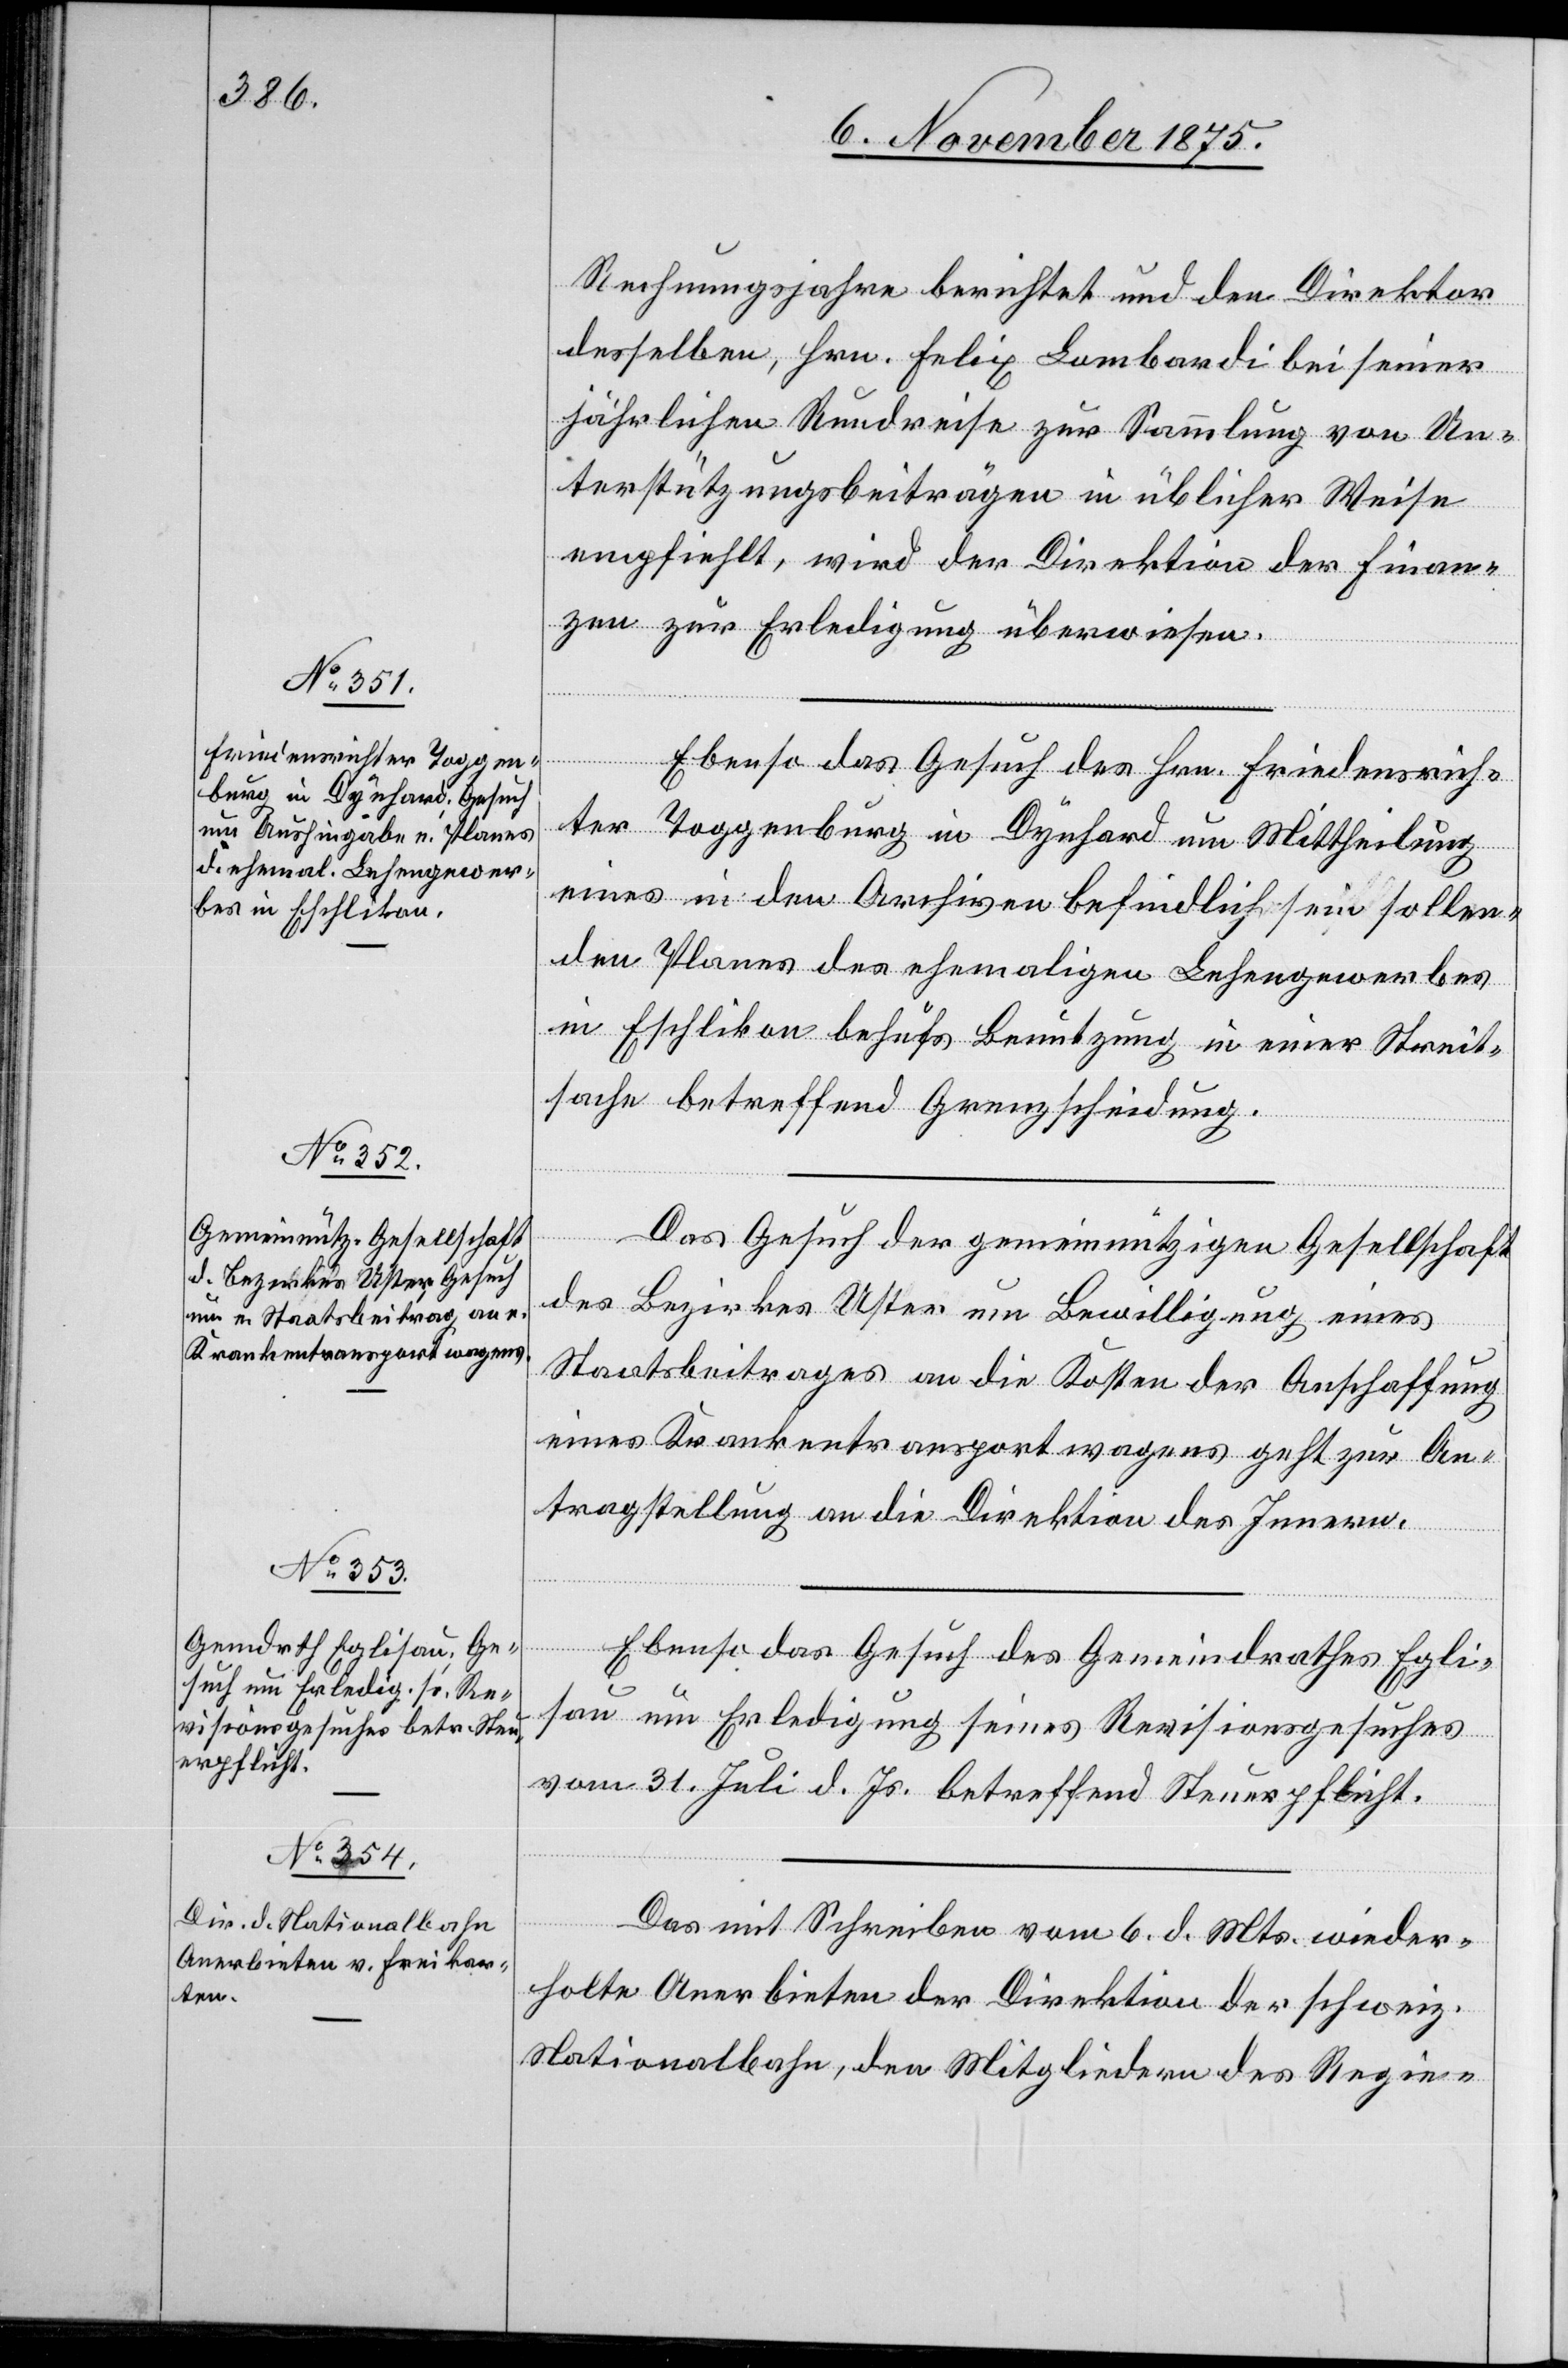
8. November 1875.]
Rechnungsjahre berichtet und den Direktor
desselben, Hrn. Felix Lombardi bei seiner
jährlichen Rundreise zur Sammlung von Un¬
terstützungsbeiträgen in üblicher Weise
empfiehlt, wird der Direktion der Finan¬
zen zur Erledigung überwiesen.
[Forts¬
Ebenso das Gesuch des Hrn. Friedensrich¬
ter Toggenburg in Dynhard um Mittheilung
eines in den Archiven befindlich sein sollen¬
den Planes des ehemaligen Lehengewerbes
in Eschlikon behufs Benutzung in einer Streit¬
sache betreffend Grenzscheidung.
Das Gesuch der gemeinnützigen Gesellschaft
des Bezirkes Uster um Bewilligung eines
etzung
Staatsbeitrages an die Kosten der Anschaffung
eines Krankentransportwagens geht zur An¬
tragstellung an die Direktion des Innern.
Ebenso das Gesuch des Gemeindrathes Egli¬
sau um Erledigung seines Revisionsgesuches
vom 31. Juli d. Js. betreffend Steuerpflicht.
Das mit Schreiben vom 6. d. Mts. wieder¬
holte Anerbieten der Direktion der schweiz.
Nationalbahn, den Mitgliedern des Regie-